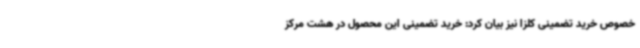
خصوص خرید تضمینی کلزا نیز بیان کرد: خرید تضمینی این محصول در هشت مرکز